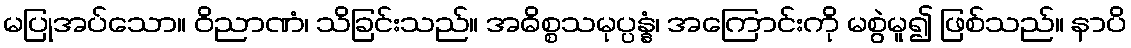
မပြုအပ်သော။ ဝိညာဏံ၊ သိခြင်းသည်။ အဓိစ္စသမုပ္ပန္နံ၊ အကြောင်းကို မစွဲမူ၍ ဖြစ်သည်။ နာပိ